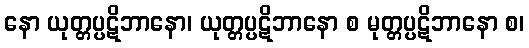
နော ယုတ္တပ္ပဋိဘာနော၊ ယုတ္တပ္ပဋိဘာနော စ မုတ္တပ္ပဋိဘာနော စ၊